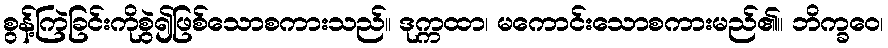
စွန့်ကြဲခြင်းကိုစွဲ၍ဖြစ်သောစကားသည်။ ဒုက္ကထာ၊ မကောင်းသောစကားမည်၏။ ဘိက္ခဝေ၊